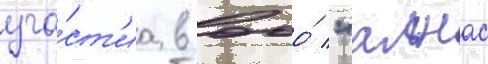
уча́ст'иа в ооо́ "алнас